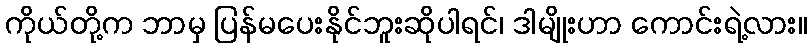
ကိုယ်တို့က ဘာမှ ပြန်မပေးနိုင်ဘူးဆိုပါရင်၊ ဒါမျိုးဟာ ကောင်းရဲ့လား။